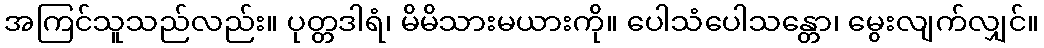
အကြင်သူသည်လည်း။ ပုတ္တဒါရံ၊ မိမိသားမယားကို။ ပေါသံပေါသန္တော၊ မွေးလျက်လျှင်။